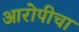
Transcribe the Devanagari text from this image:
आरोपीचा